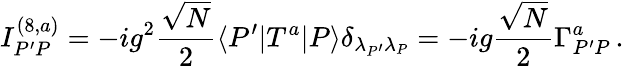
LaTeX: I_{P^{\prime}P}^{(8,a)}=-ig^{2}\frac{\sqrt N}{2}\langle P^{\prime}|T^{a}|P\rangle\delta_{{\lambda_{P^{\prime}}}{\lambda_{P}}}=-ig\frac{\sqrt N}{2}\Gamma_{P^{\prime}P}^{a}\, .